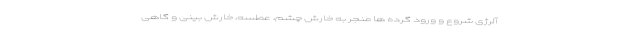
آلرژی شروع و ورود گرده ها منجر به خارش چشم، عطسه، خارش بینی و گاهی